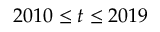
2 0 1 0 \leq t \leq 2 0 1 9